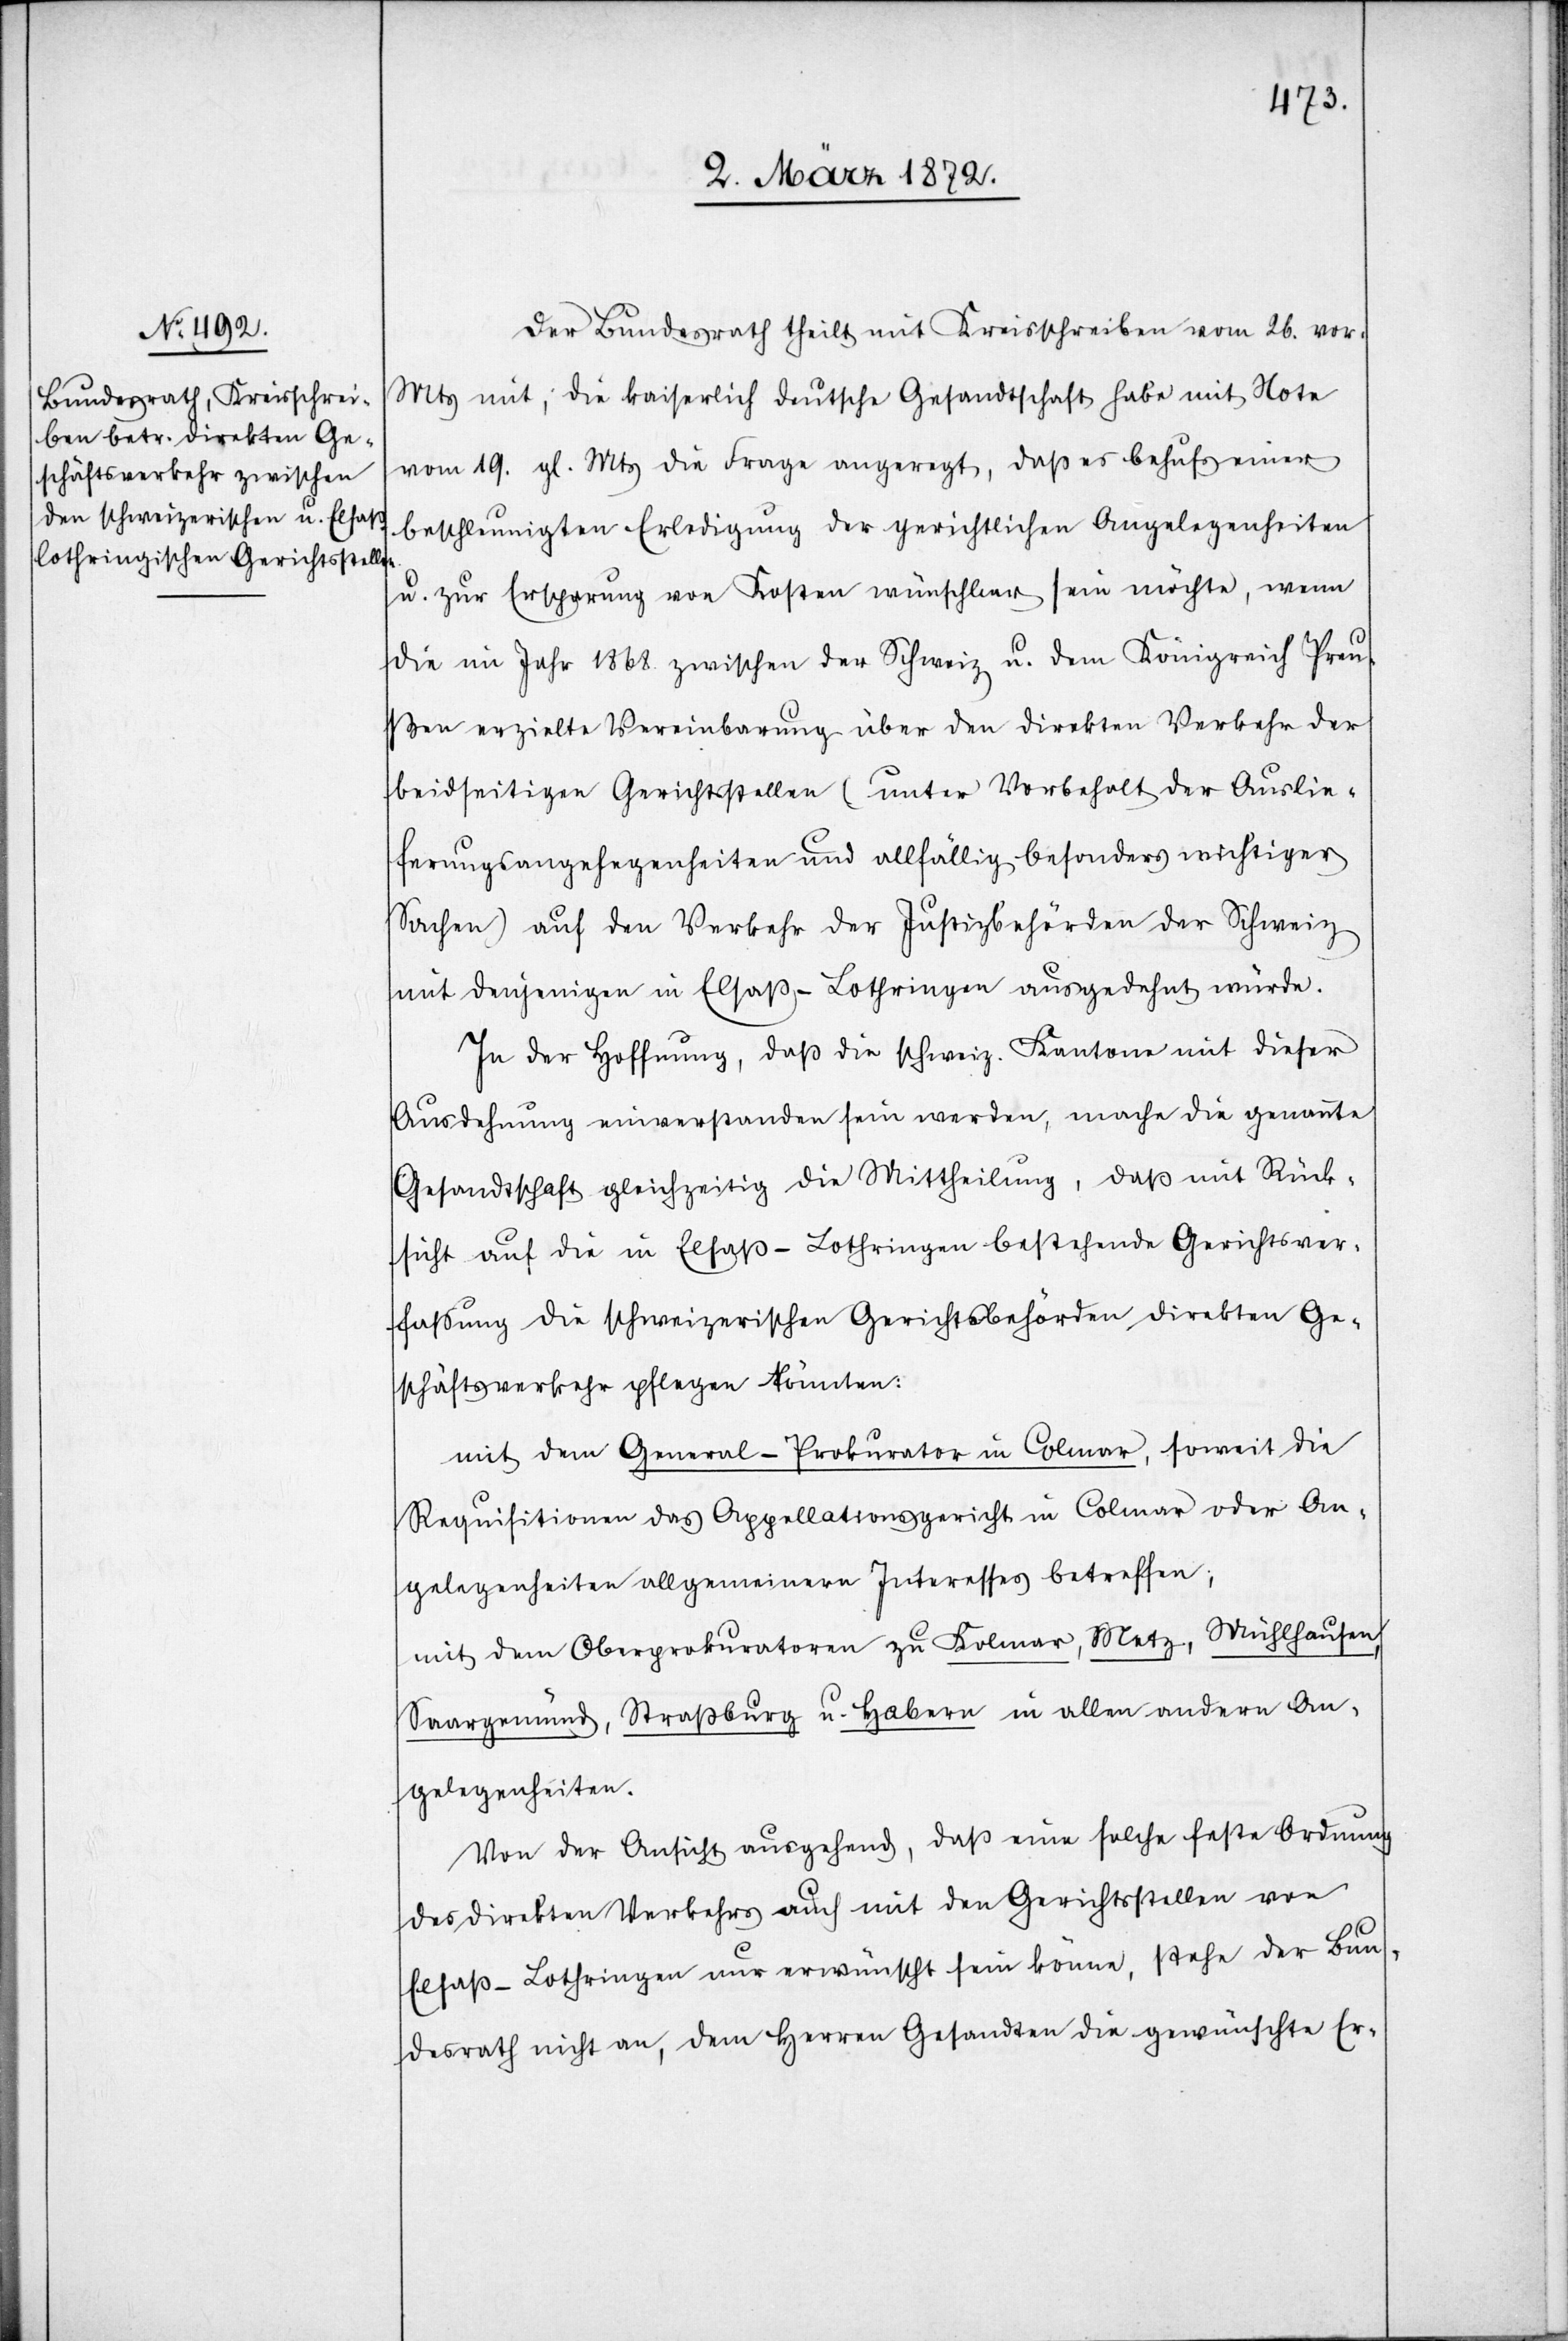
5. März 1872.]
Der Bundesrath theilt mit Kreisschreiben vom 26. vor.
Mts mit, die kaiserlich deutsche Gesandtschaft habe mit Note
vom 19. gl. Mts die Frage angeregt, daß es behufs einer
beschleunigten Erledigung der gerichtlichen Angelegenheiten
u. zur Ersparung von Kosten wünschbar sein möchte, wenn
die im Jahr 1868. zwischen der Schweiz u. dem Königreich Preu¬
ßen erzielte Vereinbarung über den direkten Verkehr der
beidseitigen Gerichtsstellen (unter Vorbehalt der Auslie¬
ferungsangehegenheiten [sic!] und allfällig besonders wichtiger
Sachen) auf den Verkehr der Justizbehörden der Schweiz
mit denjenigen in Elsaß-Lothringen ausgedehnt würde.
In der Hoffnung, daß die schweiz. Kantone mit dieser
Ausdehnung einverstanden sein werden, mache die genannte
Gesandtschaft gleichzeitig die Mittheilung, daß mit Rück¬
sicht auf die in Elsaß-Lothringen bestehende Gerichtsver¬
fassung die schweizerischen Gerichtsbehörden direkten Ge¬
schäftsverkehr pflegen könnten:
mit dem General-Prokurator in Colmar, soweit die
Requisitionen das Appellationsgericht in Colmar oder An¬
gelegenheiten allgemeinern Interesses betreffen;
mit dem Oberprokuratoren zu Kolmar, Metz, Mühlhausen,
Saargemünd, Straßburg u. Habern in allen andern An¬
gelegenheiten.
Von der Ansicht ausgehend, daß eine solche feste Ordnung
des direkten Verkehrs auch mit den Gerichtsstellen von
Elsaß-Lothringen nur erwünscht sein könne, stehe der Bun¬
desrath nicht an, dem Herren Gesandten die gewünschte Er-